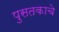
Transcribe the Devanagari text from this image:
पुसतकाचे